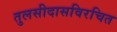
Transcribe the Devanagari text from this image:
तुलसीदासविरचित